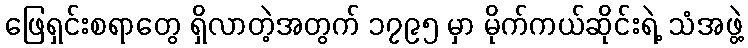
ဖြေရှင်းစရာတွေ ရှိလာတဲ့အတွက် ၁၇၉၅ မှာ မိုက်ကယ်ဆိုင်းရဲ့ သံအဖွဲ့